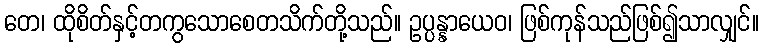
တေ၊ ထိုစိတ်နှင့်တကွသောစေတသိက်တို့သည်။ ဥပ္ပန္နာယေဝ၊ ဖြစ်ကုန်သည်ဖြစ်၍သာလျှင်။